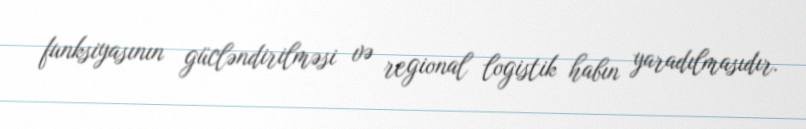
funksiyasının gücləndirilməsi və regional logistik habın yaradılmasıdır.